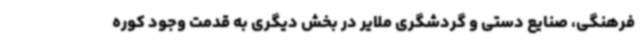
فرهنگی، صنایع دستی و گردشگری ملایر در بخش دیگری به قدمت وجود کوره